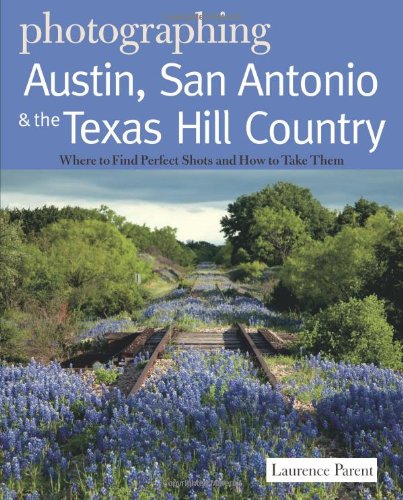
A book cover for Photographing Austin, San Antonio and the Texas Hill Country: Where to Find Perfect Shots and How to Take Them (The Photographer's Guide); Laurence Parent; Travel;